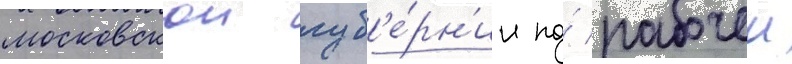
московскои губ'е́рн'ии по́ рабочеи